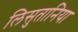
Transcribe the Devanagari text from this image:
लिसुतानिया